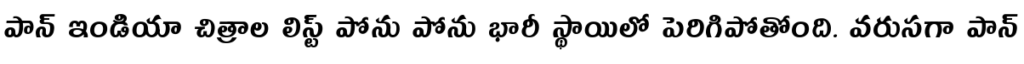
పాన్ ఇండియా చిత్రాల లిస్ట్ పోను పోను భారీ స్థాయిలో పెరిగిపోతోంది. వరుసగా పాన్